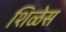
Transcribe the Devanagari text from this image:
शिळेस